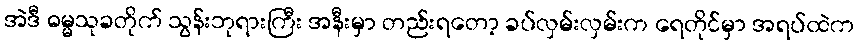
အဲဒီ ဓမ္မသုခတိုက် သွန်းဘုရားကြီး အနီးမှာ တည်းရတော့ ခပ်လှမ်းလှမ်းက ရေတိုင်မှာ အရပ်ထဲက